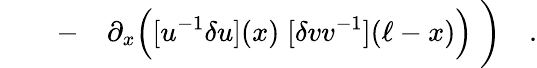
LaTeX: \qquad-\quad\partial_{x}\Bigl([u^{-1}\delta u](x)\; [\delta vv^{-1}](\ell-x)\Bigr)\; \biggr)\quad.